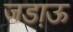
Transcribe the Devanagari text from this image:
जडा़ऊ